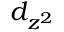
d _ { z ^ { 2 } }